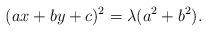
LaTeX: \begin{align*}(ax+by+c)^2=\lambda(a^2+b^2).\end{align*}